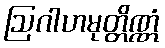
ဩဂါဟမုတ္တိဏ္ဏံ